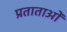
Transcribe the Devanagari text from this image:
प्रताताओं